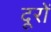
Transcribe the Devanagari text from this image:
दूरों